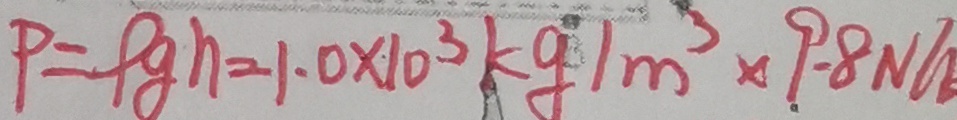
P = \rho g h = 1 . 0 \times 1 0 ^ { 3 } k g / m ^ { 3 } \times 9 . 8 N /